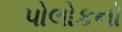
પોલોકનો